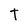
Character: t